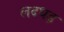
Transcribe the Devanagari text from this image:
लदधड़